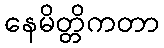
နေမိတ္တိကတာ